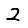
Digit: 2